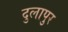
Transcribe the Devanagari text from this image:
दुलापुर